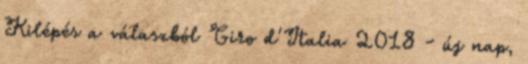
Kilépés a válaszból Giro d'Italia 2018 - új nap,